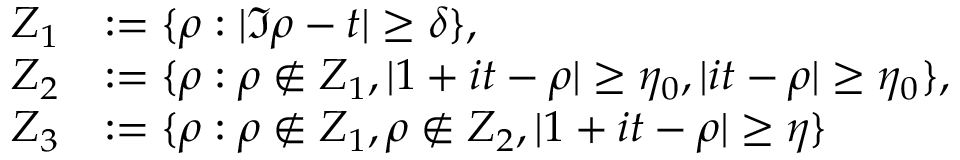
\begin{array} { r l } { Z _ { 1 } } & { : = \{ \rho : | \Im \rho - t | \ge \delta \} , } \\ { Z _ { 2 } } & { : = \{ \rho : \rho \notin Z _ { 1 } , | 1 + i t - \rho | \ge \eta _ { 0 } , | i t - \rho | \ge \eta _ { 0 } \} , } \\ { Z _ { 3 } } & { : = \{ \rho : \rho \notin Z _ { 1 } , \rho \notin Z _ { 2 } , | 1 + i t - \rho | \ge \eta \} } \end{array}